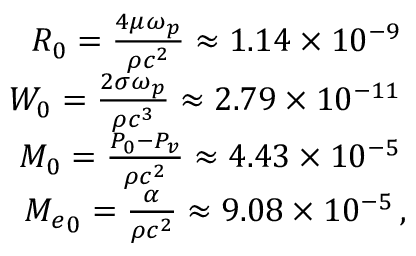
\begin{array} { r } { { \cal R } _ { 0 } = \frac { 4 \mu \omega _ { p } } { \rho c ^ { 2 } } \approx 1 . 1 4 \times 1 0 ^ { - 9 } \, } \\ { { \cal W } _ { 0 } = \frac { 2 \sigma \omega _ { p } } { \rho c ^ { 3 } } \approx 2 . 7 9 \times 1 0 ^ { - 1 1 } \, } \\ { { \cal M } _ { 0 } = \frac { P _ { 0 } - P _ { v } } { \rho c ^ { 2 } } \approx 4 . 4 3 \times 1 0 ^ { - 5 } \, } \\ { { { \cal M } _ { e } } _ { 0 } = \frac { \alpha } { \rho c ^ { 2 } } \approx 9 . 0 8 \times 1 0 ^ { - 5 } \, , } \end{array}